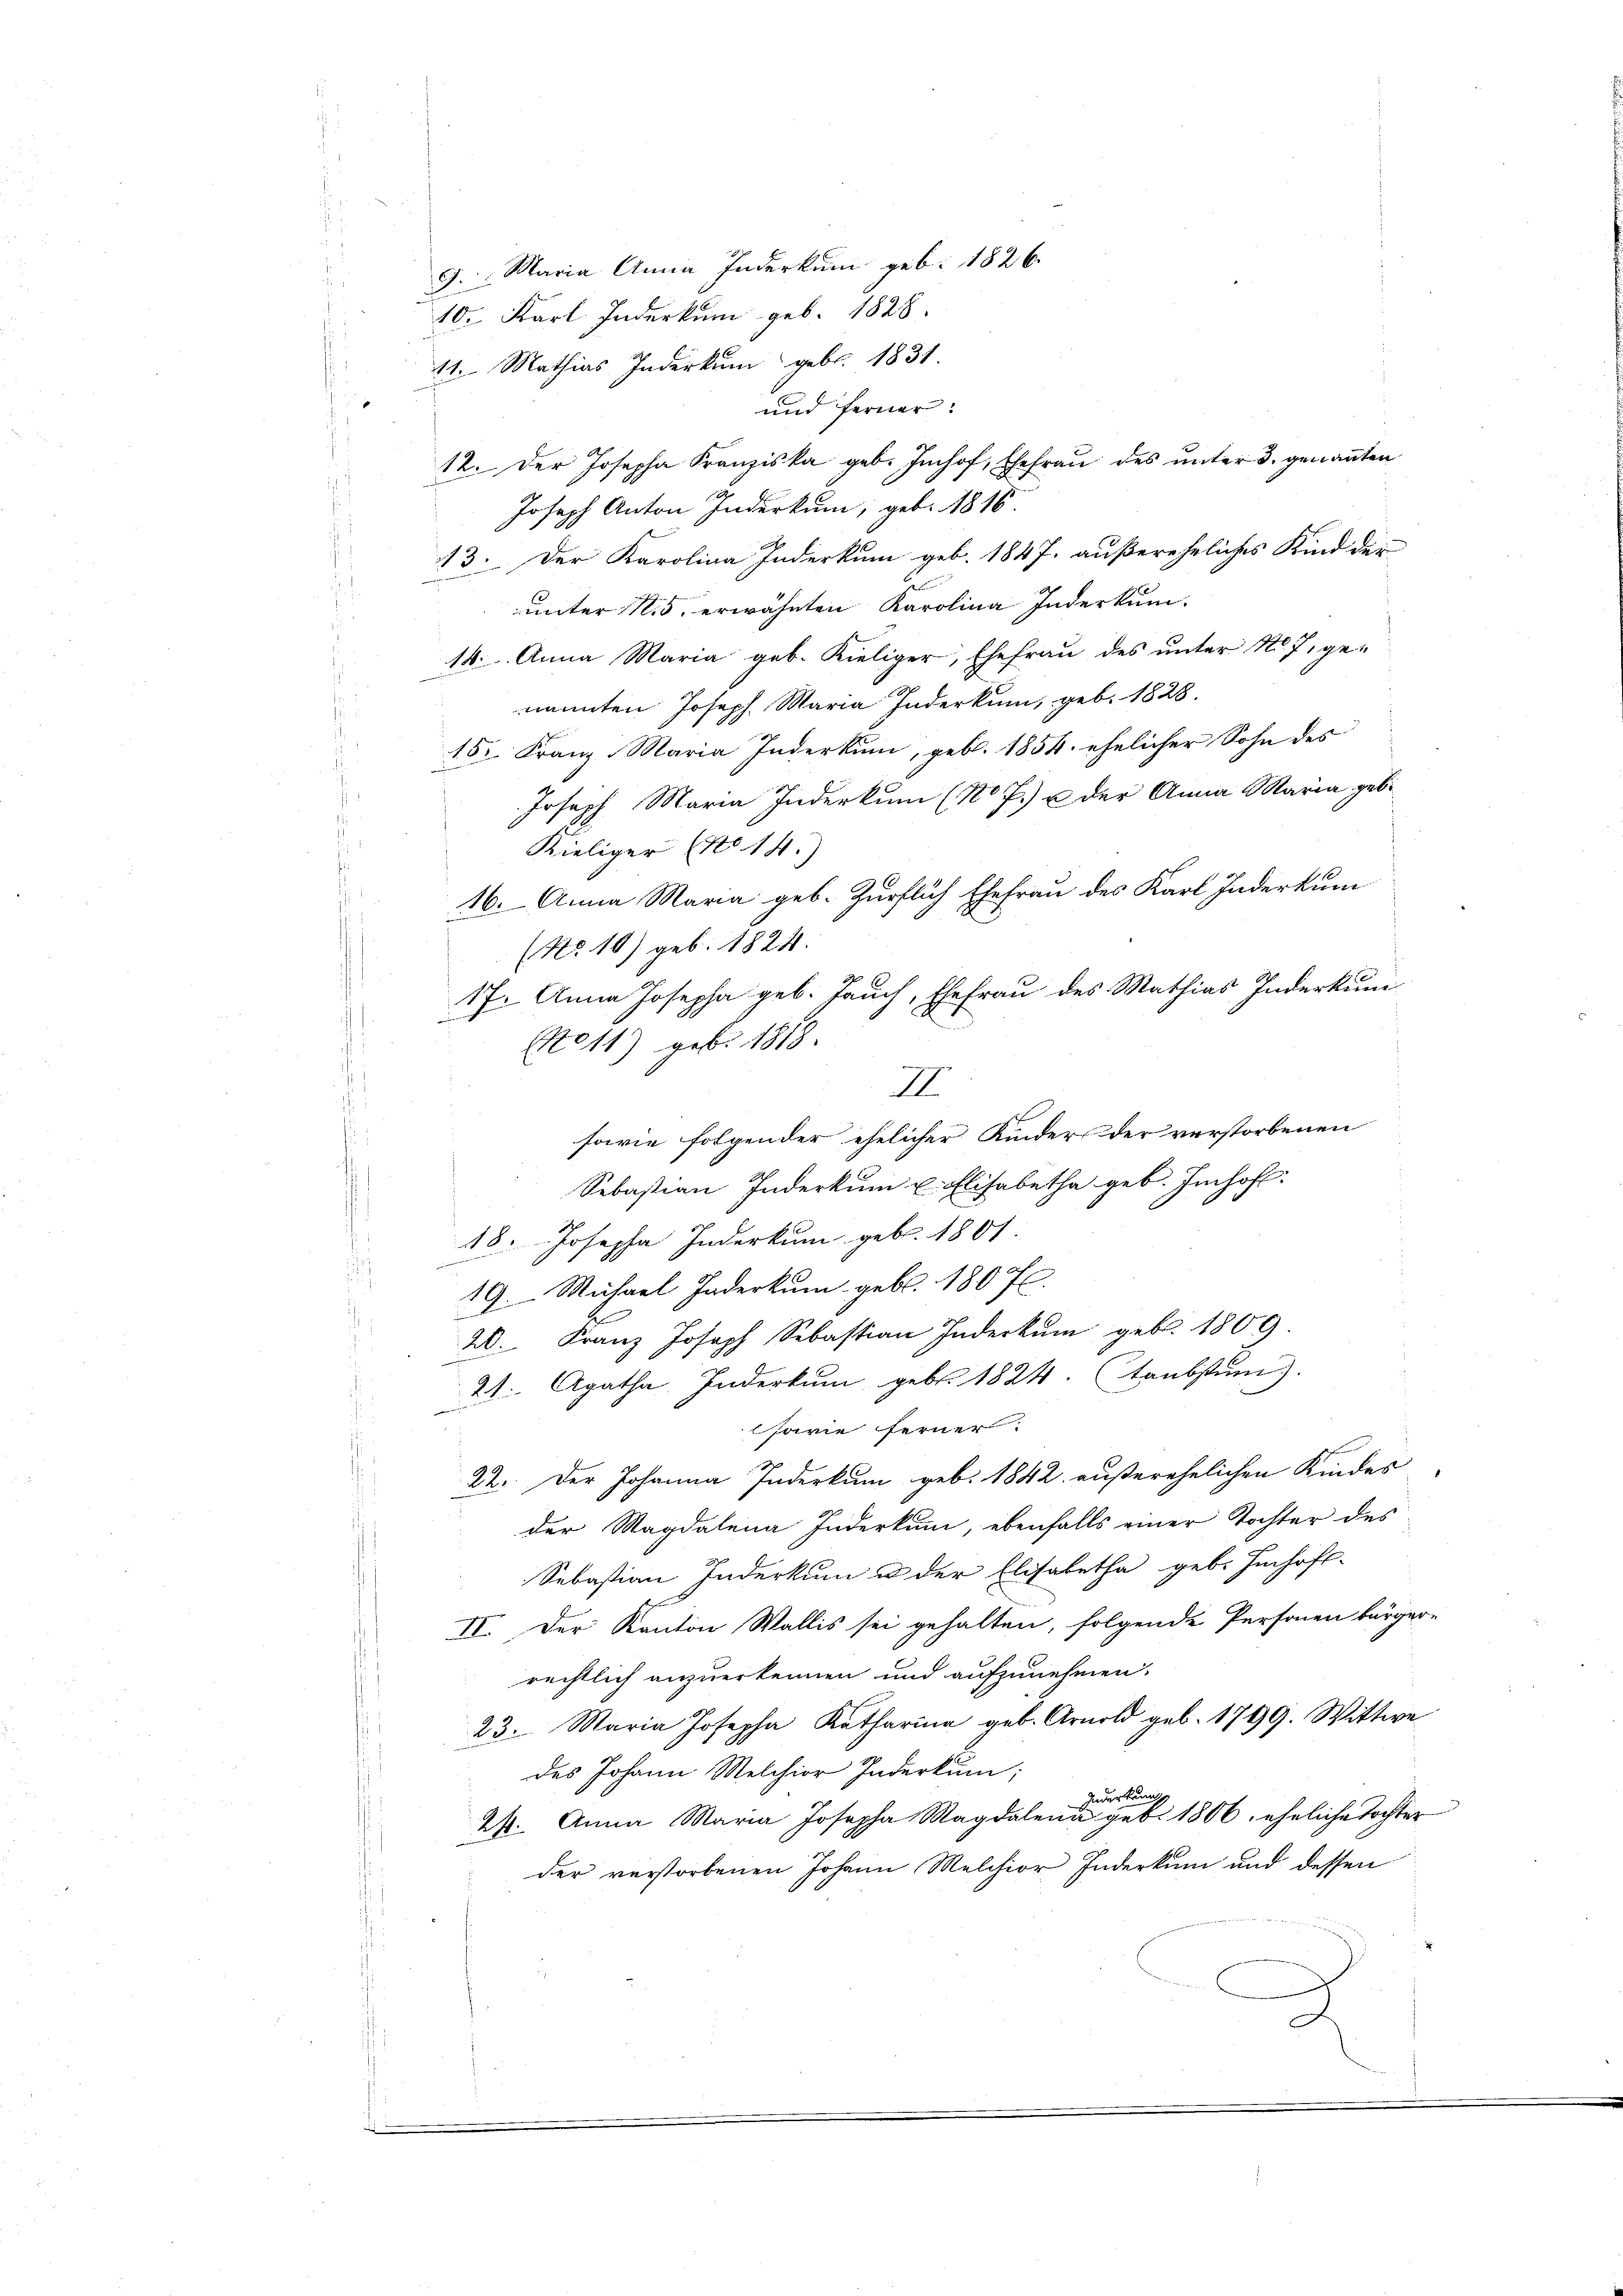
9. Maria Anna Inderkum geb. 1826.
10. Karl Inderkum geb. 1828.
11. Mathias Inderkum geb. 1831.
und ferner:
12. Der Josepha Franziska geb. Imhof, Ehefrau des unter 3. genannten
Joseph Anton Inderkum, geb. 1816
13. Der Karolina Inderkum geb. 1847. außereheliches Kind der
unter 15. erwähnten Karolina Inderkun-
14. Anna Maria geb. Kieliger, Ehefrau des ŭnter No. 7. genannten Joseph Maria Inderkum, geb. 1828.
15. Franz Maria Inderkum, geb. 1854. ehelicher Sohn des
Joseph Maria Inderkum (10 f.) u der Anna Maria gebi-
Kieliger (No. 14.)
16. Anna Maria geb. Zürflich Ehefrau des Karl Inderkum
(No. 10) geb. 1824.
17. Anna Josepha geb. Jauch, Ehefrau des Mathias Inderkum
Not1) geb. 1818.
III.
sowie folgender ehelicher Kinders der verstorbenen
Sebastian Inderkum u. Elisabetha geb. Imhoff-
18. Josepha Inderkum geb. 1801
19. Michael Inderkum geb. 180 fl.
20. Franz Joseph Sebastian Inderkum geb. 1809.
21. Agatha, Inderkum geb. 1824. (Taubstum).
sarie ferner
22. Der Johanna Inderkum geb. 1842. außerehelichen Kindes
der Magdalena Inderkum, ebenfalls einer Tochter des
Sebastian Inderkum u der Elisabetha geb. Imhoff-
II. Der Kanton Wallis sei gehalten, folgende Personen bürger-
rechtlich anzuerkennen und aufzunehmen.
23. Maria Josepha Katharina geb. Arnold geb. 1799. Wittwe
des Johann Melchior Inderkum;
Inderkun
26. Anna Maria Josepha Magdalena geb. 1806, eheliche Tochter
der verstorbenen Johann Melchior Inderkum und dessen